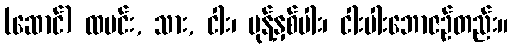
(ဆောင်) ထမင်း, သား, ငါး၊ မုန့်နှစ်ပါး၊ ငါးပါးဘောဇဉ်တည်း။